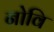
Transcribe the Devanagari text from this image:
नोवि